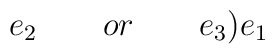
e_{2}\quad \quad or\quad \quad e_{3}\mathbf{)}e_{1}